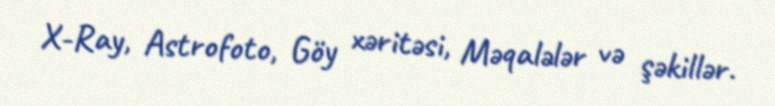
X-Ray, Astrofoto, Göy xəritəsi, Məqalələr və şəkillər.